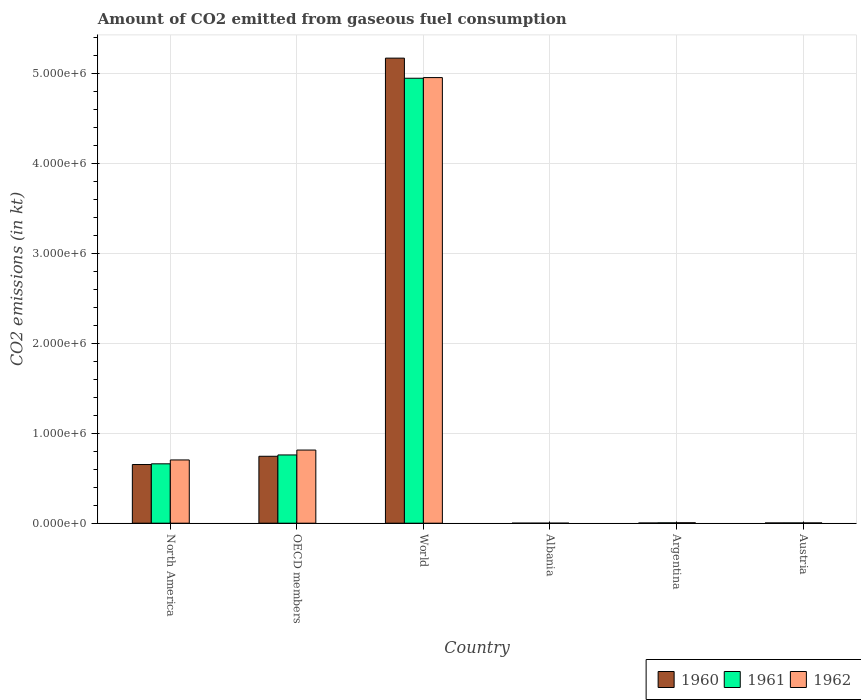
| Country | 1960 | 1961 | 1962 |
 | --- | --- | --- | --- |
 | North America | 6.52e+05 | 6.6e+05 | 7.03e+05 |
 | OECD members | 7.44e+05 | 7.59e+05 | 8.13e+05 |
 | World | 5.17e+06 | 4.95e+06 | 4.95e+06 |
 | Albania | 84.3 | 84.3 | 84.3 |
 | Argentina | 2.37e+03 | 4.03e+03 | 5.11e+03 |
 | Austria | 2.92e+03 | 3.09e+03 | 3.24e+03 |